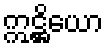
ဣဋ္ဌိယော